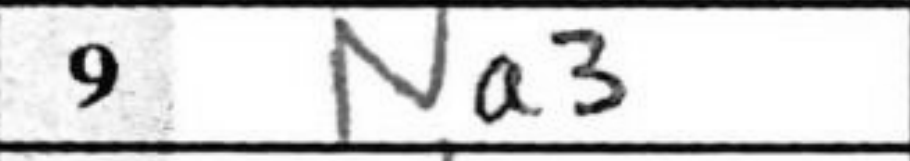
Transcription: Na3